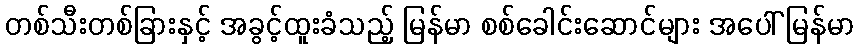
တစ်သီးတစ်ခြားနှင့် အခွင့်ထူးခံသည့် မြန်မာ စစ်ခေါင်းဆောင်များ အပေါ် မြန်မာ